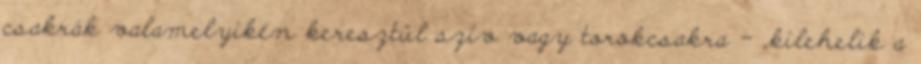
csakrák valamelyikén keresztül szív vagy torokcsakra - „kilehelik a